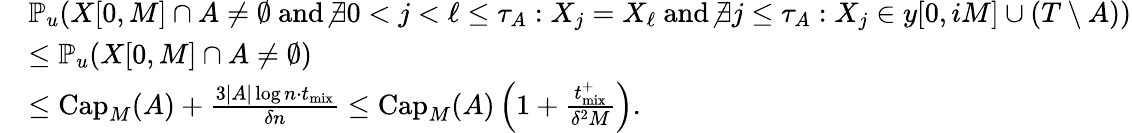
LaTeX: \begin{array}{rl}&{\mathbb{P}_{u}\! \left(X[0,M]\cap A\neq\emptyset\ \mathrm{and}\ \not\exists 0<j<\ell\leq\tau_{A}:X_{j}=X_{\ell}\ \mathrm{and}\ \not\exists j\leq\tau_{A}:X_{j}\in y[0,iM]\cup(T\setminus A)\right)}\\ &{\leq\mathbb{P}_{u}\! \left(X[0,M]\cap A\neq\emptyset\right)}\\ &{\leq\mathrm{Cap}_{M}(A)+\frac{3|A|\log n\cdot t_{\mathrm{mix}}}{\delta n}\leq\mathrm{Cap}_{M}(A)\left(1+\frac{{t_{\mathrm{mix}}^{+}}}{\delta^{2}M}\right).}\end{array}